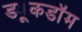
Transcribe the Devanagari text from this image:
ड्यूकडॉम